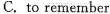
C. to remember